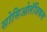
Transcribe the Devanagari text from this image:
सोसिओलॅजिकल